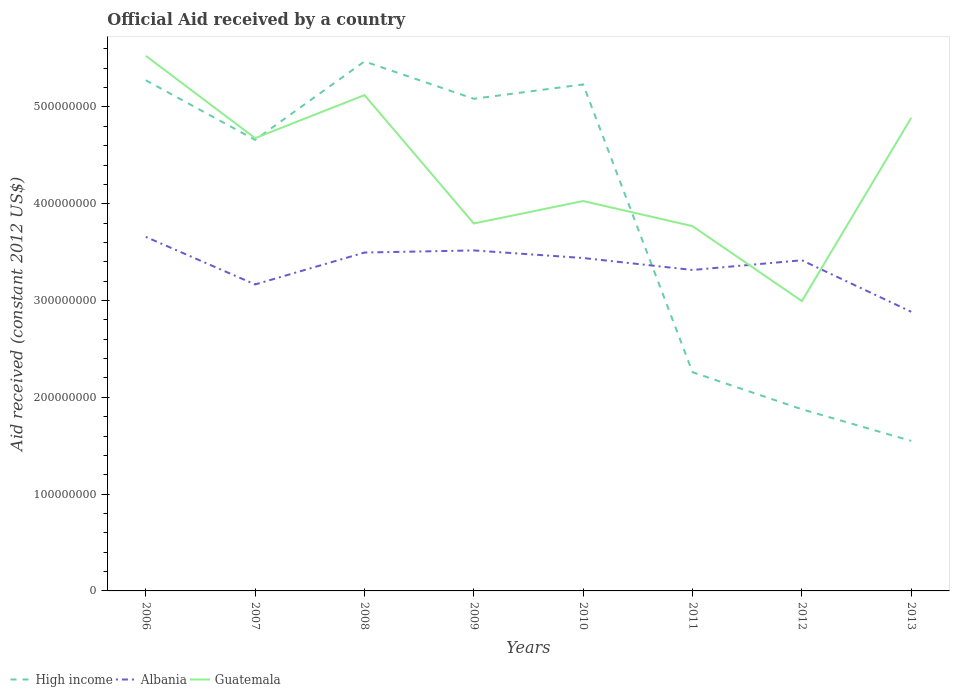
| Years | High income | Albania | Guatemala |
 | --- | --- | --- | --- |
 | 2006 | 5.28e+08 | 3.66e+08 | 5.53e+08 |
 | 2007 | 4.66e+08 | 3.17e+08 | 4.68e+08 |
 | 2008 | 5.47e+08 | 3.5e+08 | 5.12e+08 |
 | 2009 | 5.08e+08 | 3.52e+08 | 3.8e+08 |
 | 2010 | 5.23e+08 | 3.44e+08 | 4.03e+08 |
 | 2011 | 2.26e+08 | 3.32e+08 | 3.77e+08 |
 | 2012 | 1.88e+08 | 3.42e+08 | 2.99e+08 |
 | 2013 | 1.55e+08 | 2.88e+08 | 4.89e+08 |